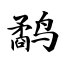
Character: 鹬